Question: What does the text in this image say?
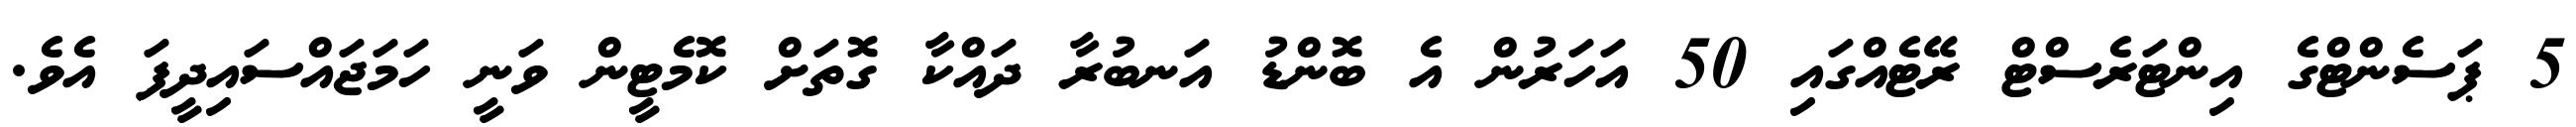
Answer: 5 ޕަސެންޓްގެ އިންޓަރެސްޓް ރޭޓެއްގައި 50 އަހަރުން އެ ބޮންޑު އަނބުރާ ދައްކާ ގޮތަށް ކޮމެޓީން ވަނީ ހަމަޖައްސައިދީފަ އެވެ.